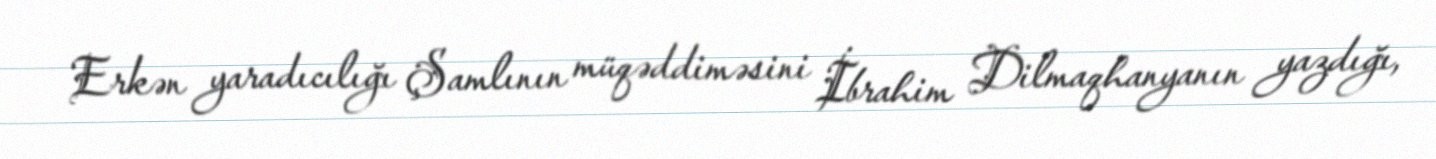
Erkən yaradıcılığı Şamlının müqəddiməsini İbrahim Dilmaqhanyanın yazdığı,